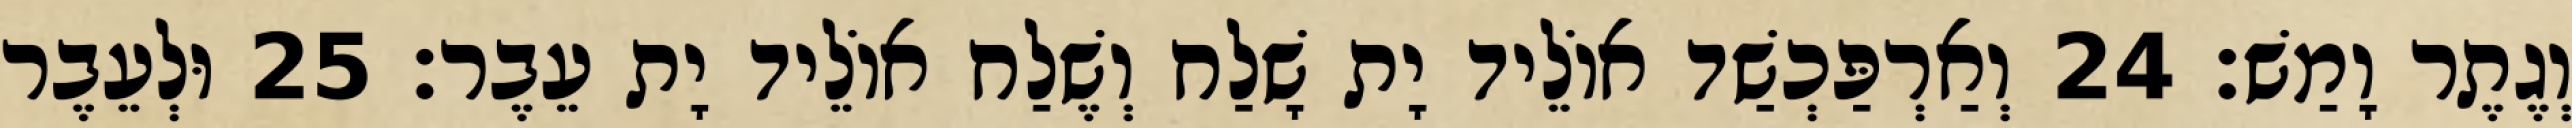
וְגֶתֶר וָמַשׁ׃ 24 וְאַרְפַּכְשַׁד אוֹלֵיד יָת שָׁלַח וְשֶׁלַח אוֹלֵיד יָת עֵבֶר׃ 25 וּלְעֵבֶר